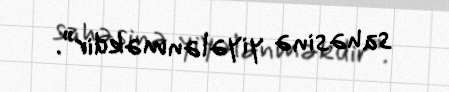
sahəsinə yiyələnməkdir”.